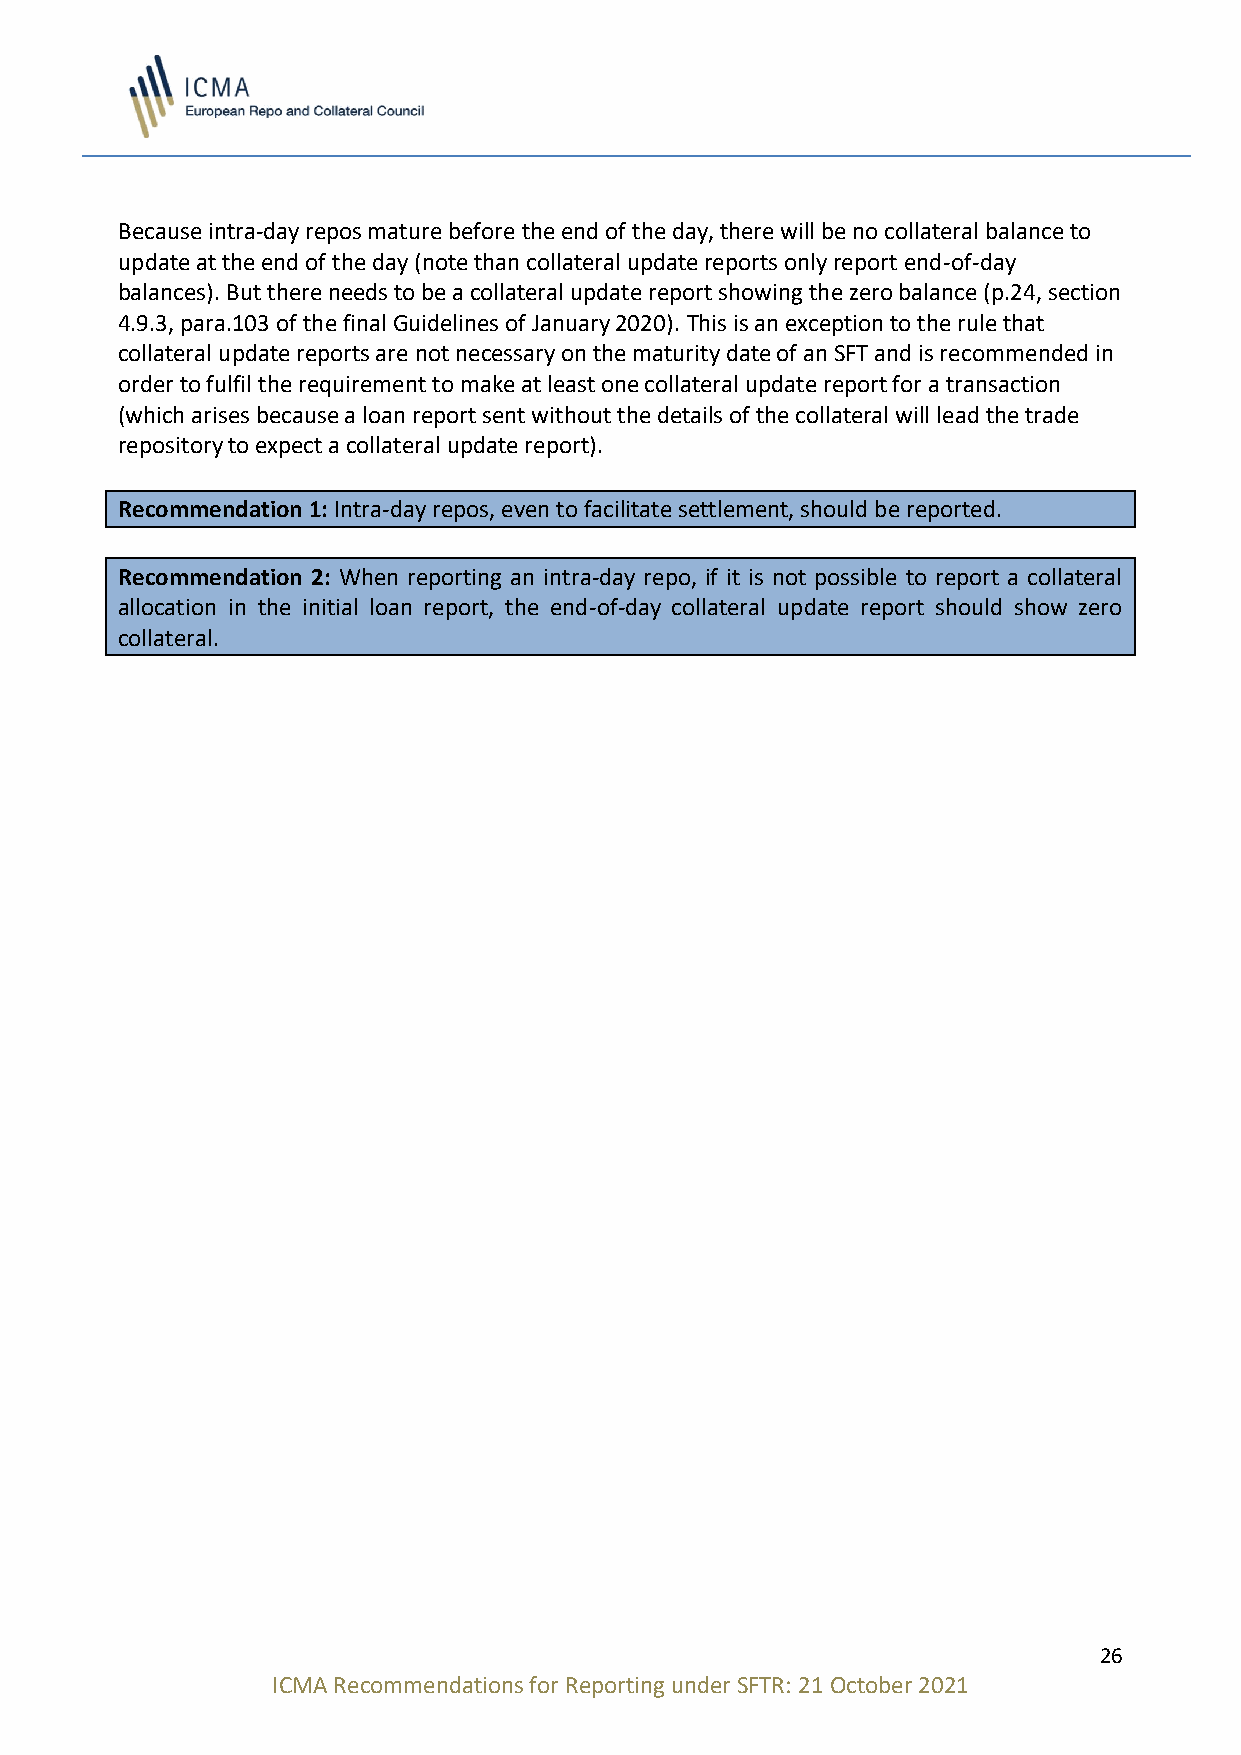
Because intra-day repos mature before the end of the day, there will be no collateral balance to
 update at the end of the day (note than collateral update reports only report end-of-day
 balances). But there needs to be a collateral update report showing the zero balance (p.24, section
 4.9.3, para.103 of the final Guidelines of January 2020). This is an exception to the rule that
 collateral update reports are not necessary on the maturity date of an SFT and is recommended in
 order to fulfil the requirement to make at least one collateral update report for a transaction
 (which arises because a loan report sent without the details of the collateral will lead the trade
 repository to expect a collateral update report).
 Recommendation 1: Intra-day repos, even to facilitate settlement, should be reported.
 Recommendation 2: When reporting an intra-day repo, if it is not possible to report a collateral
 allocation in the initial loan report, the end-of-day collateral update report should show zero
 collateral.
 26
 ICMA Recommendations for Reporting under SFTR: 21 October 2021